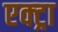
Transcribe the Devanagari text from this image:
एक्ट्रा